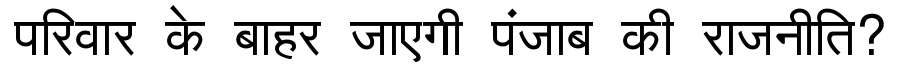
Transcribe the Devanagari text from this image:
परिवार के बाहर जाएगी पंजाब की राजनीति?